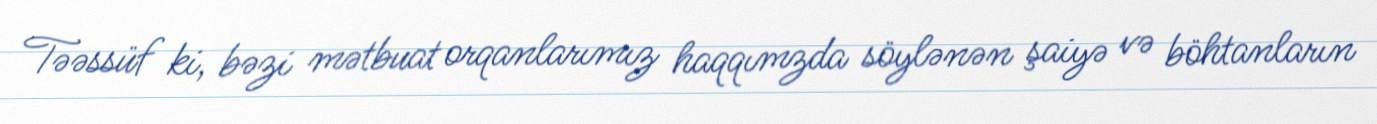
Təəssüf ki, bəzi mətbuat orqanlarımız haqqımzda söylənən şaiyə və böhtanların